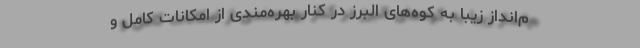
م‌انداز زیبا به کوه‌های البرز در کنار بهره‌مندی از امکانات کامل و